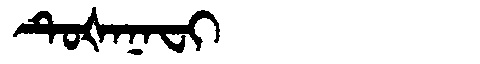
Manchu: ᡨᡠᡧᠠᠨᠠᠸᡳ
Romanization: TUŠANAFI